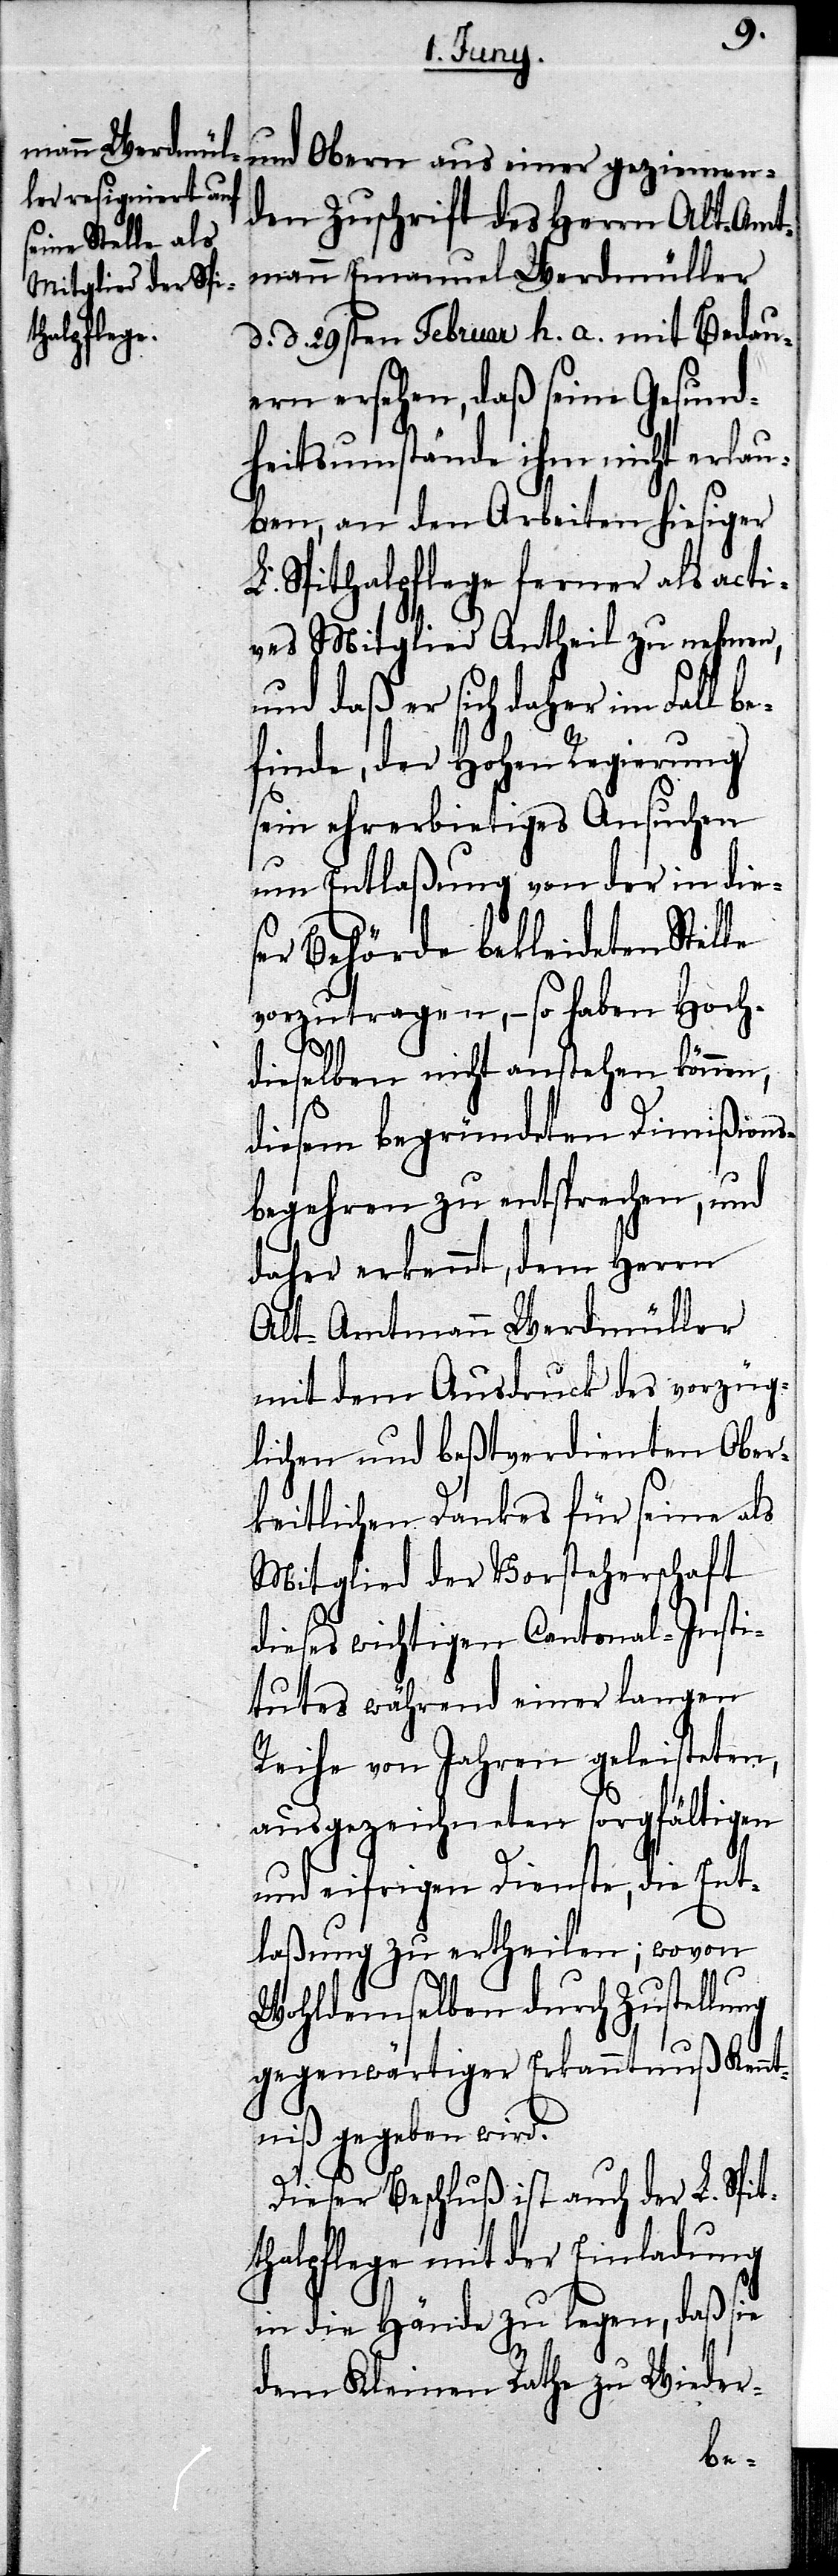
den Zuschrift des Herrn Alt-Amt¬
mann Emanuel Werdmüller
d. d. 29sten Februar h. a. mit Bedau¬
ern ersehen, daß seine Gesund¬
heitsumstände ihm nicht erlau¬
ben, an den Arbeiten hiesiger
L. Spithalpflege ferner als acti¬
ves Mitglied Antheil zu nehmen,
und daß er sich daher im Fall be¬
finde, der Hohen Regierung
sein ehrerbietiges Ansuchen
um Entlaßung von der in die¬
ser Behörde bekleideten Stel¬
vorzutragen, – so haben Hoch¬
Ra¬
dieselben nicht anstehen können,
diesem begründeten Dimißions¬
begehren zu entsprechen, und
daher erkennt, dem Herrn
Alt-Amtmann Werdmüller
mit dem Ausdruck des vorzüg¬
lichen und beßtverdienten Ober¬
keitlichen Dankes für seine als
Mitglied der Vorsteherschaft
dieses wichtigen Cantonal-Insti¬
tutes während einer langen
Reihe von Jahren geleisteten,
ausgezeichneten sorgfältigen
und eifrigen Dienste, die Ent¬
laßung zu ertheilen; wovon
Wohldemselben durch Zustellung
gegenwärtiger Erkanntnuß Kennt¬
niß gegeben wird.
Dieser Beschluß ist auch der L. Spi¬
thalpflege mit der Einladung
in die Hände zu legen, daß sie
the zu Wieder-
dem Kleinen